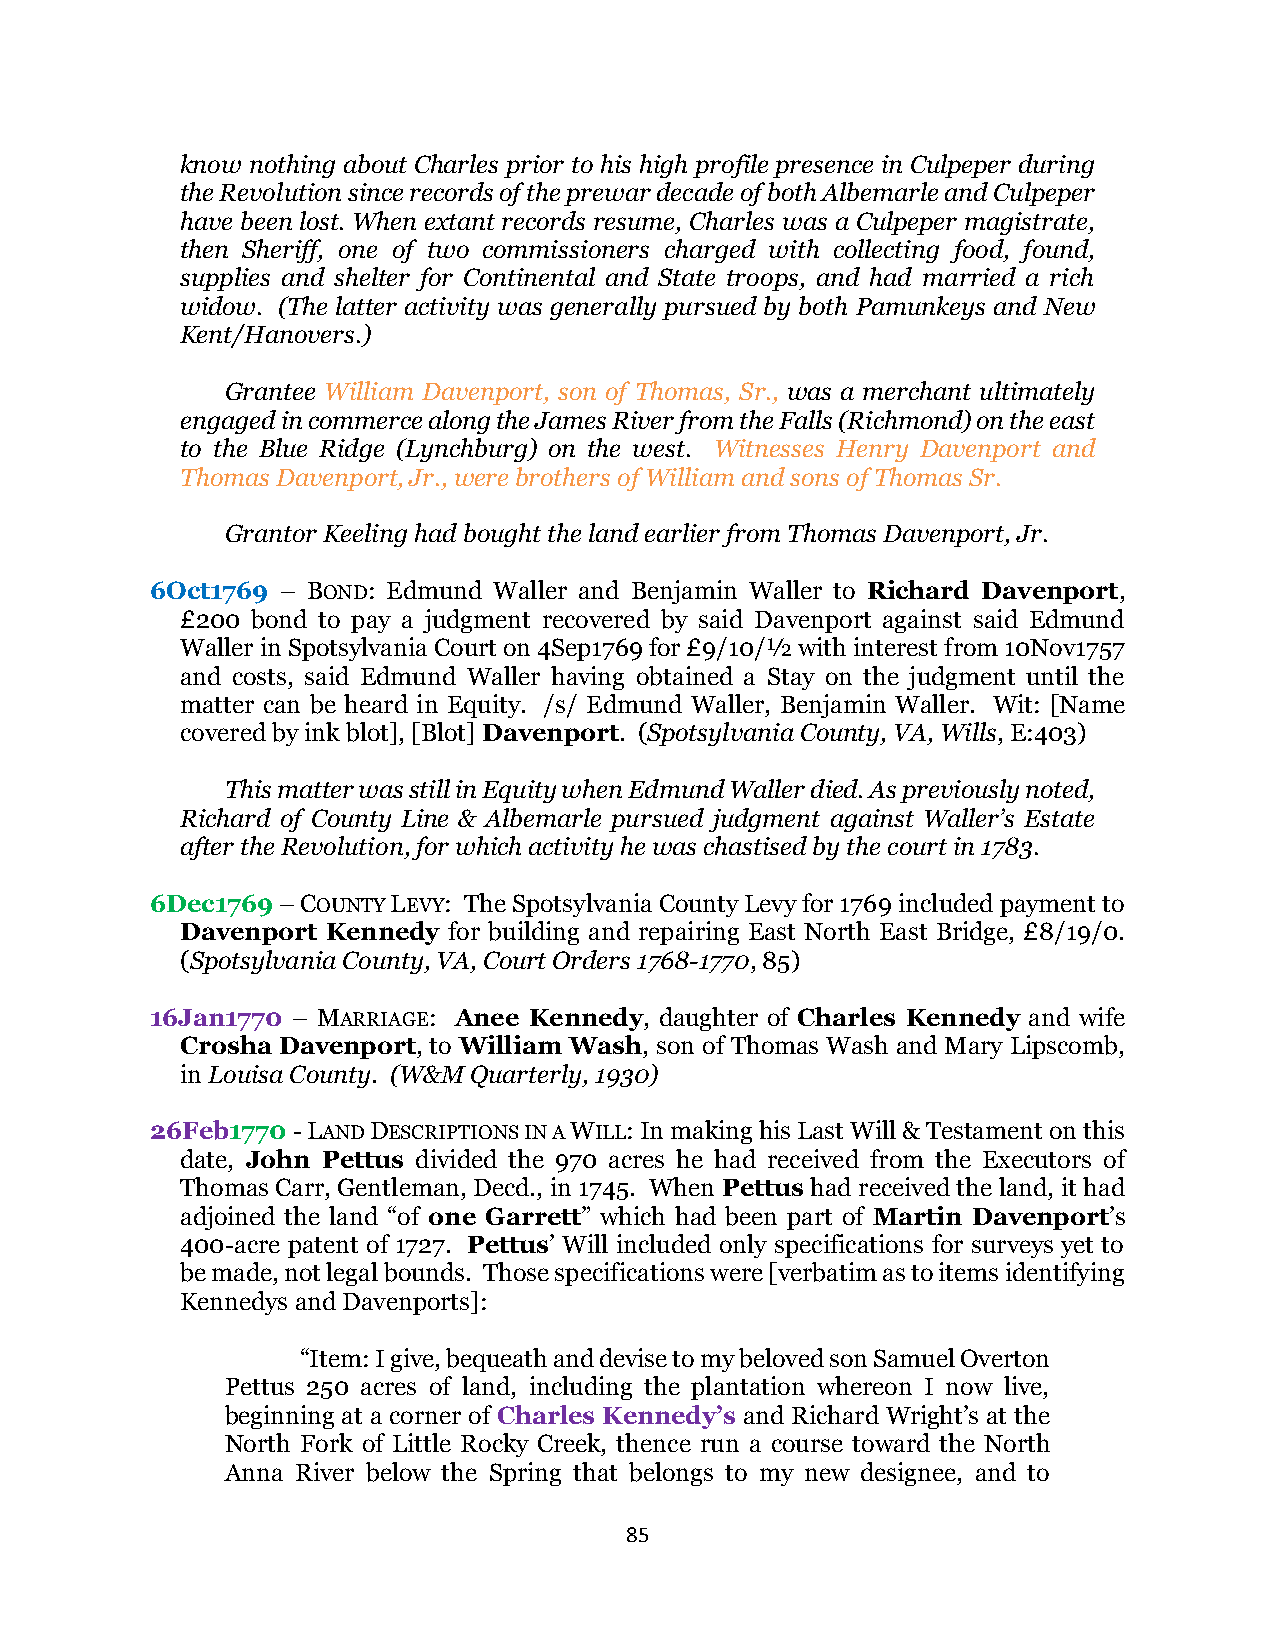
know nothing about Charles prior to his high profile presence in Culpeper during
 the Revolution since records of the prewar decade of both Albemarle and Culpeper
 have been lost. When extant records resume, Charles was a Culpeper magistrate,
 then Sheriff, one of two commissioners charged with collecting food, found,
 supplies and shelter for Continental and State troops, and had married a rich
 widow. (The latter activity was generally pursued by both Pamunkeys and New
 Kent/Hanovers.)
 Grantee William Davenport, son of Thomas, Sr., was a merchant ultimately
 engaged in commerce along the James River from the Falls (Richmond) on the east
 to the Blue Ridge (Lynchburg) on the west. Witnesses Henry Davenport and
 Thomas Davenport, Jr., were brothers of William and sons of Thomas Sr.
 Grantor Keeling had bought the land earlier from Thomas Davenport, Jr.
 6Oct1769 – BOND: Edmund Waller and Benjamin Waller to Richard Davenport,
 £200 bond to pay a judgment recovered by said Davenport against said Edmund
 Waller in Spotsylvania Court on 4Sep1769 for £9/10/½ with interest from 10Nov1757
 and costs, said Edmund Waller having obtained a Stay on the judgment until the
 matter can be heard in Equity. /s/ Edmund Waller, Benjamin Waller. Wit: [Name
 covered by ink blot], [Blot] Davenport. (Spotsylvania County, VA, Wills, E:403)
 This matter was still in Equity when Edmund Waller died. As previously noted,
 Richard of County Line & Albemarle pursued judgment against Waller’s Estate
 after the Revolution, for which activity he was chastised by the court in 1783.
 6Dec1769 – COUNTY LEVY: The Spotsylvania County Levy for 1769 included payment to
 Davenport Kennedy for building and repairing East North East Bridge, £8/19/0.
 (Spotsylvania County, VA, Court Orders 1768-1770, 85)
 16Jan1770 – MARRIAGE: Anee Kennedy, daughter of Charles Kennedy and wife
 Crosha Davenport, to William Wash, son of Thomas Wash and Mary Lipscomb,
 in Louisa County. (W&M Quarterly, 1930)
 26Feb1770 - LAND DESCRIPTIONS IN A WILL: In making his Last Will & Testament on this
 date, John Pettus divided the 970 acres he had received from the Executors of
 Thomas Carr, Gentleman, Decd., in 1745. When Pettus had received the land, it had
 adjoined the land “of one Garrett” which had been part of Martin Davenport’s
 400-acre patent of 1727. Pettus’ Will included only specifications for surveys yet to
 be made, not legal bounds. Those specifications were [verbatim as to items identifying
 Kennedys and Davenports]:
 “Item: I give, bequeath and devise to my beloved son Samuel Overton
 Pettus 250 acres of land, including the plantation whereon I now live,
 beginning at a corner of Charles Kennedy’s and Richard Wright’s at the
 North Fork of Little Rocky Creek, thence run a course toward the North
 Anna River below the Spring that belongs to my new designee, and to
 85